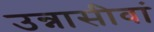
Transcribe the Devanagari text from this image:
उन्नासीवां